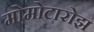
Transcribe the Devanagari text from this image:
मोमोटारोझ